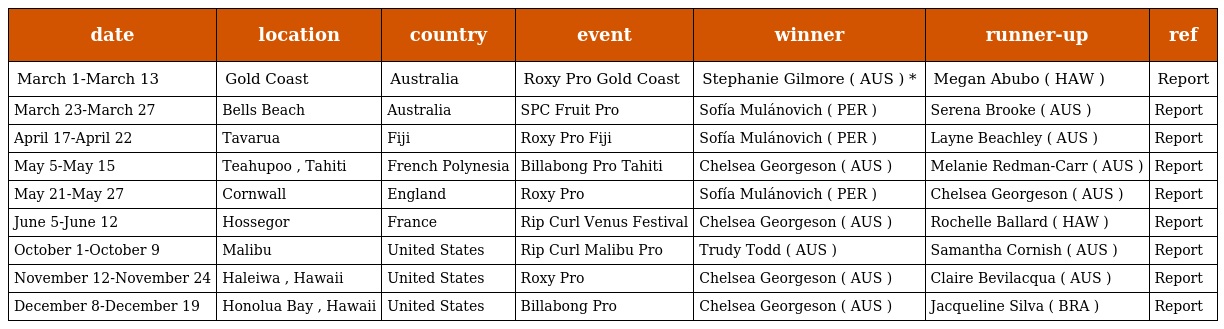
| date | location | country | event | winner | runner-up | ref |
 | --- | --- | --- | --- | --- | --- | --- |
 | March 1-March 13 | Gold Coast | Australia | Roxy Pro Gold Coast | Stephanie Gilmore ( AUS ) * | Megan Abubo ( HAW ) | Report |
 | March 23-March 27 | Bells Beach | Australia | SPC Fruit Pro | Sofía Mulánovich ( PER ) | Serena Brooke ( AUS ) | Report |
 | April 17-April 22 | Tavarua | Fiji | Roxy Pro Fiji | Sofía Mulánovich ( PER ) | Layne Beachley ( AUS ) | Report |
 | May 5-May 15 | Teahupoo , Tahiti | French Polynesia | Billabong Pro Tahiti | Chelsea Georgeson ( AUS ) | Melanie Redman-Carr ( AUS ) | Report |
 | May 21-May 27 | Cornwall | England | Roxy Pro | Sofía Mulánovich ( PER ) | Chelsea Georgeson ( AUS ) | Report |
 | June 5-June 12 | Hossegor | France | Rip Curl Venus Festival | Chelsea Georgeson ( AUS ) | Rochelle Ballard ( HAW ) | Report |
 | October 1-October 9 | Malibu | United States | Rip Curl Malibu Pro | Trudy Todd ( AUS ) | Samantha Cornish ( AUS ) | Report |
 | November 12-November 24 | Haleiwa , Hawaii | United States | Roxy Pro | Chelsea Georgeson ( AUS ) | Claire Bevilacqua ( AUS ) | Report |
 | December 8-December 19 | Honolua Bay , Hawaii | United States | Billabong Pro | Chelsea Georgeson ( AUS ) | Jacqueline Silva ( BRA ) | Report |